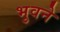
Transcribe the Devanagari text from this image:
भुवने